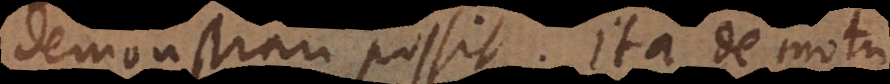
demonstrari possit. Ita de motu